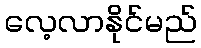
လေ့လာနိုင်မည်